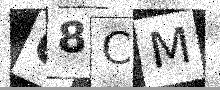
Text: Q8CM